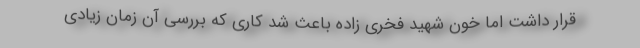
قرار داشت اما خون شهید فخری زاده باعث شد کاری که بررسی آن زمان زیادی